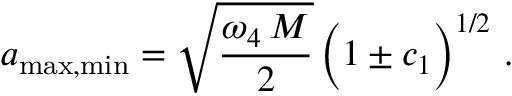
a _ { \mathrm { m a x , m i n } } = \sqrt { \frac { \omega _ { 4 } \, M } { 2 } } \, \Big ( 1 \pm c _ { 1 } \Big ) ^ { 1 / 2 } \, \, .